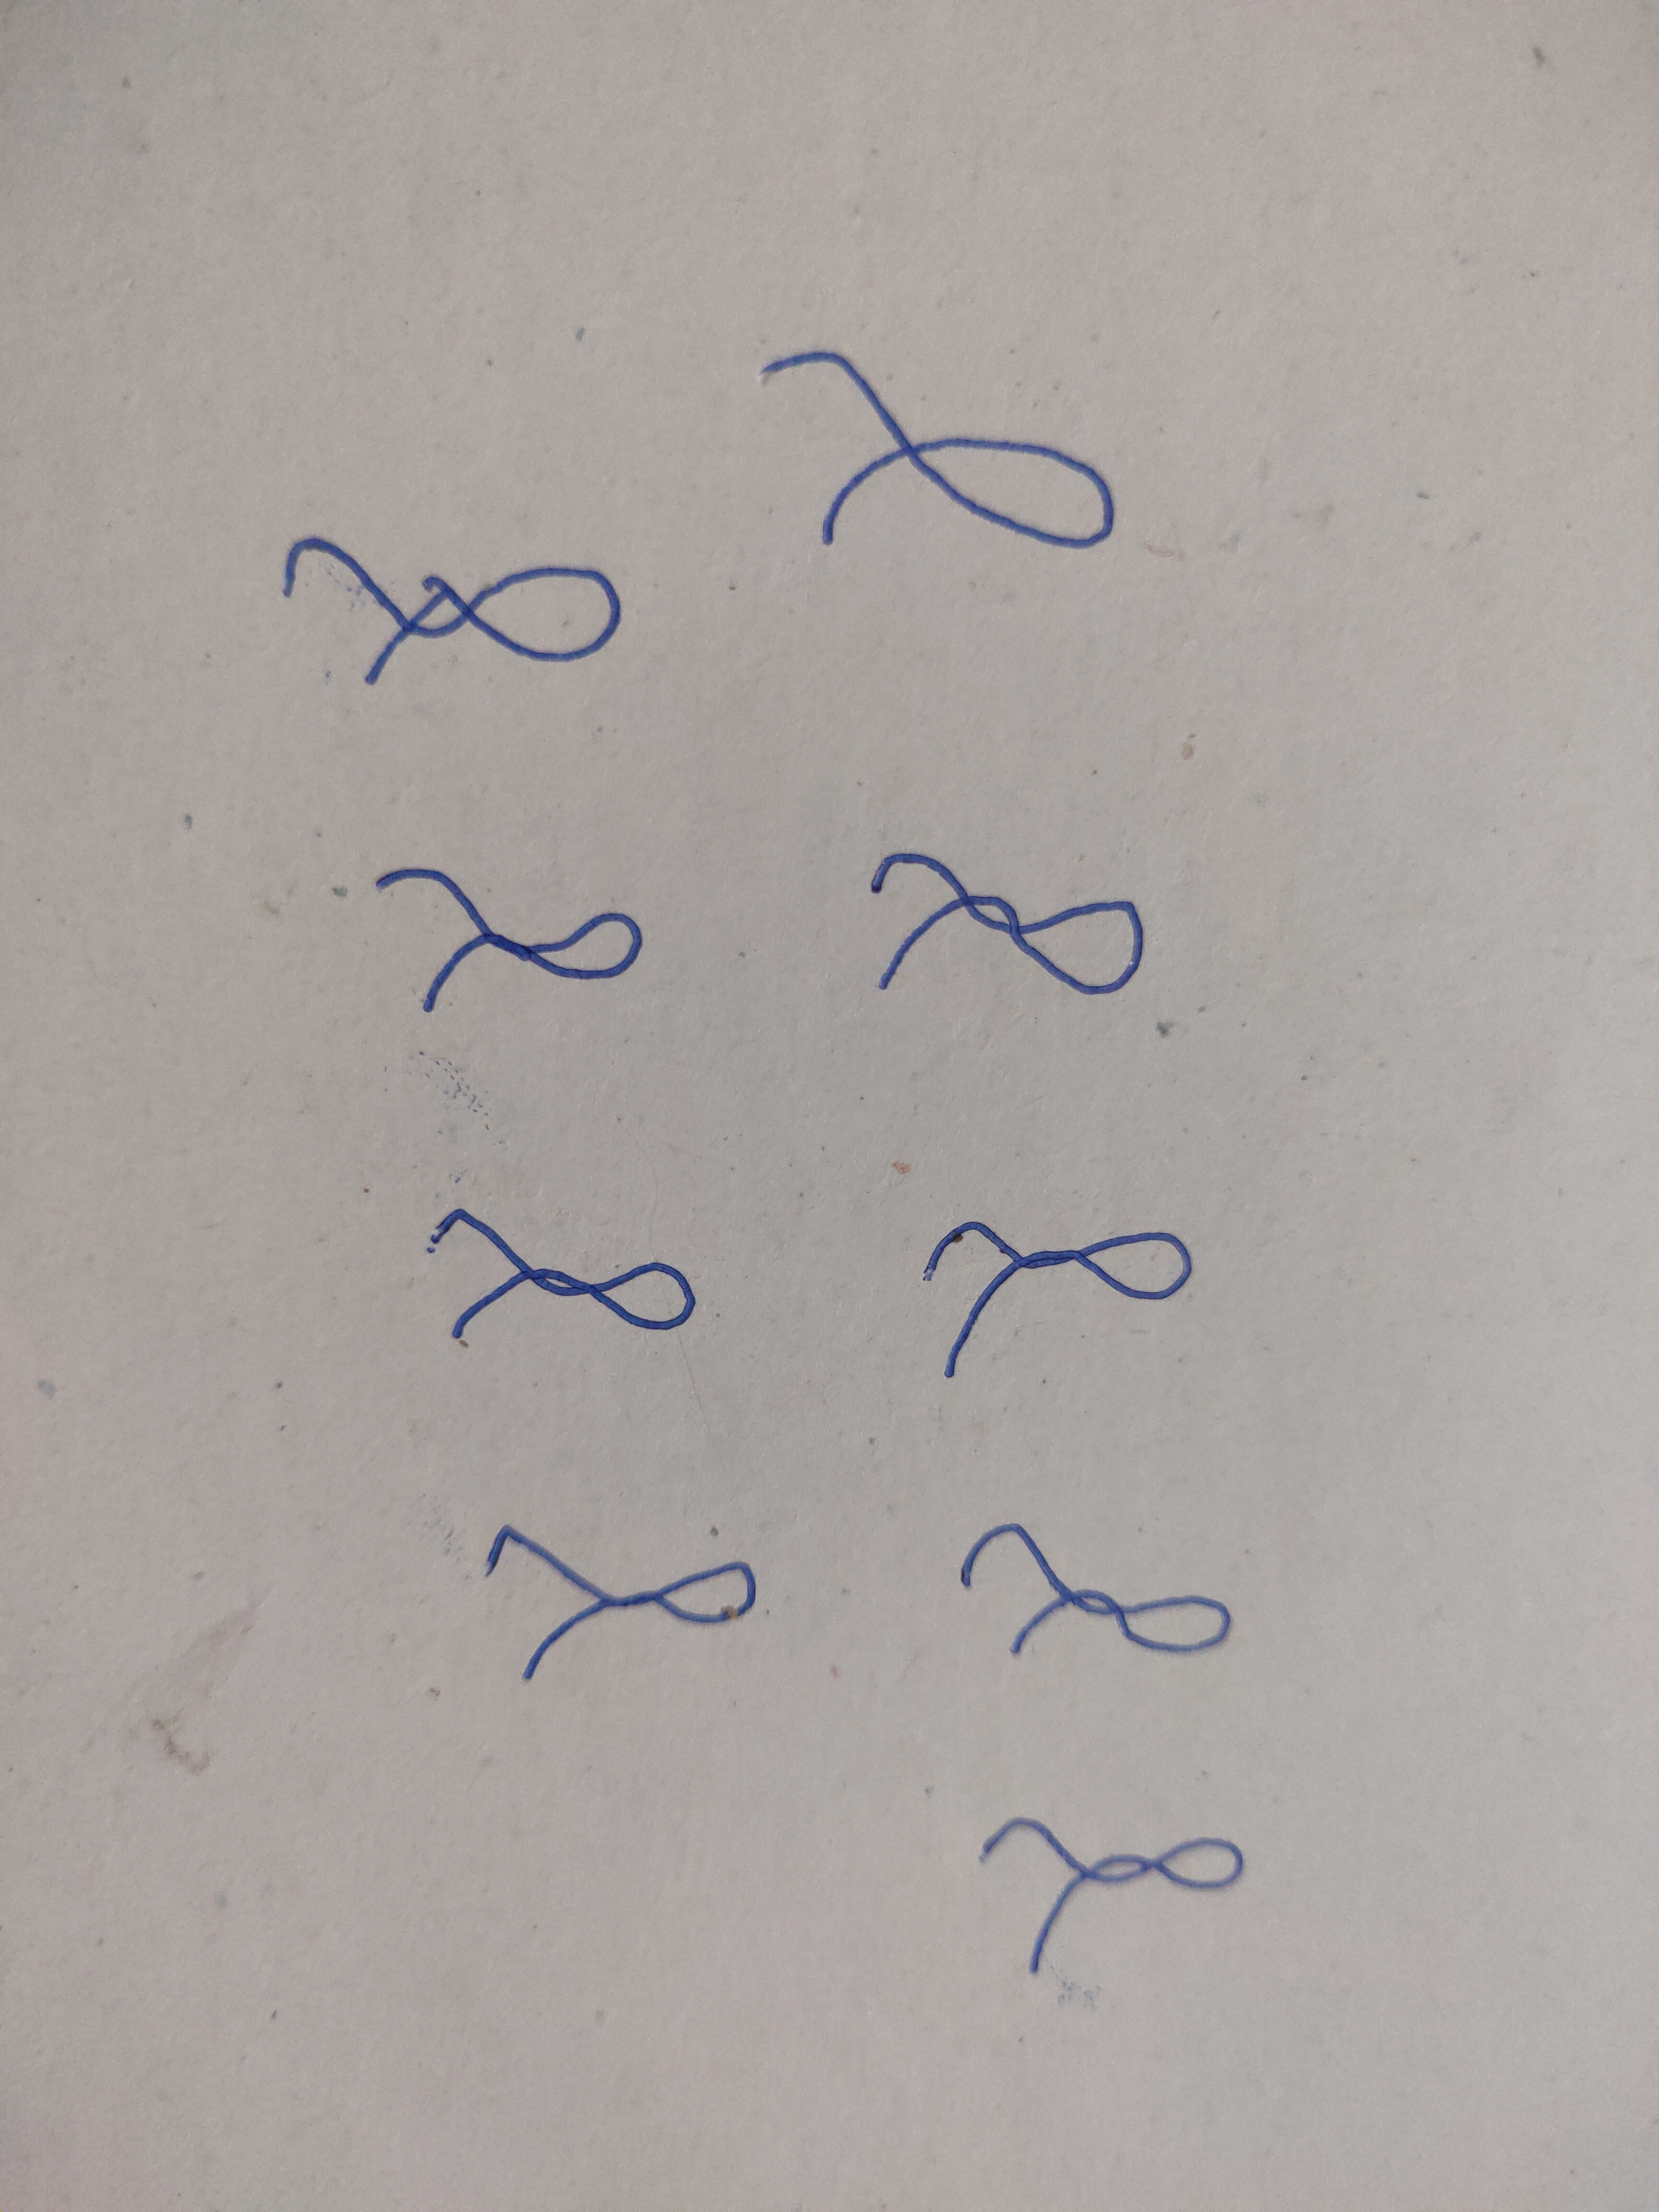
Signature authenticity: forged